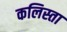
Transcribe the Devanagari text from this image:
कलिस्ता